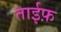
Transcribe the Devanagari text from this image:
ताईफ़